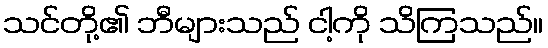
သင်တို့၏ ဘီများသည် ငါ့ကို သိကြသည်။